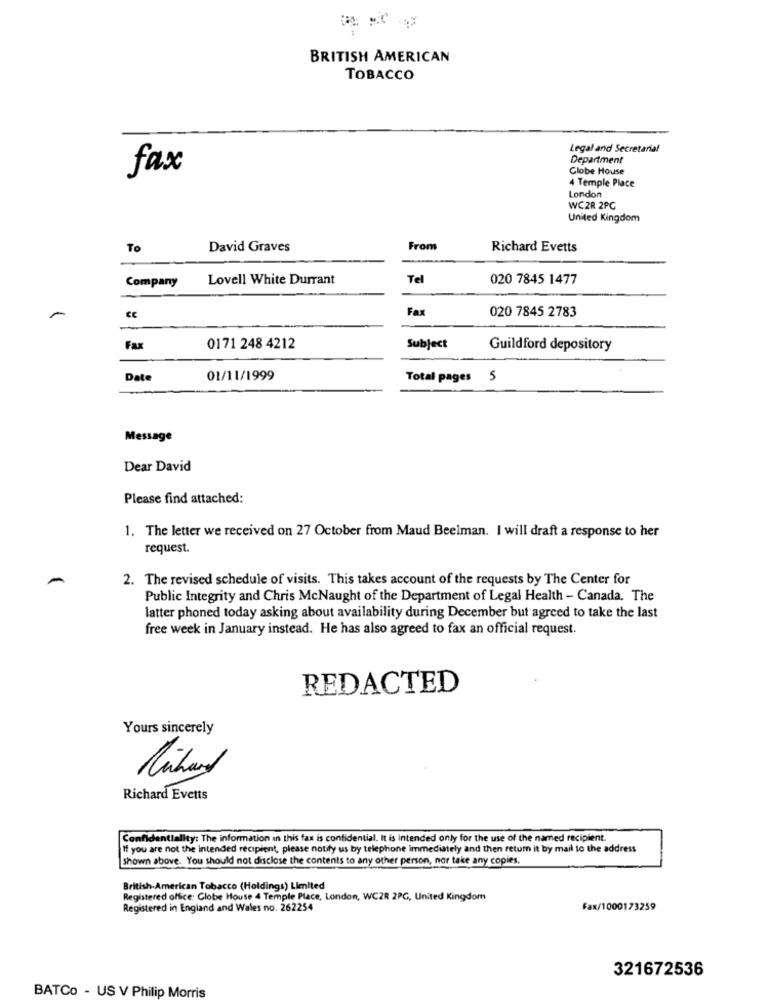
BRITISH AMERICAN
TOBACCO
Legal and Secretarial
Department
fax
Globe House
4 Temple Place
London
WC2R 2PC
United Kingdom
To
David Graves
From
Richard Evetts
Company
Lovell White Durrant
Tel
020 7845 1477
Fax
020 7845 2783
-
Fax
0171 248 4212
Subject
Guildford depository
Date
01/11/1999
Total pages 5
Message
Dear David
Please find attached:
1. The letter we received on 27 October from Maud Beelman. I will draft a response to her
request.
2. The revised schedule of visits. This takes account of the requests by The Center for
Public Integrity and Chris McNaught of the Department of Legal Health - Canada. The
latter phoned today asking about availability during December but agreed to take the last
free week in January instead. He has also agreed to fax an official request.
REDACTED
Yours sincerely
Michaud
Richard Evetts
Confidentiality: The information in this fax is confidential. It is intended only for the use of the named recipient.
If you are not the intended recipient, please notify us by telephone immediately and then return it by mail to the address
shown above. You should not disclose the contents to any other person, nor take any copies.
British-American Tobacco (Holdings) Limited
Registered office: Globe House 4 Temple Place, London, WC2R 2PG, United Kingdom
Registered in England and Wales no. 262254
Fax/1000173259
321672536
BATCo - US V Philip Morris